system: You are a helpful assistant.
user:
Analyze the provided spectrum to determine if it is a **S-type Star**.

- **Key Indicators for S-type Star:**

    - **(Overall Spectrum Shape):** The first and most obvious characteristic is the overall continuum (the "baseline" shape). It is **extremely "red-sloping,"** meaning the flux (light intensity) is very low on the left side (blue, ~4000-4500 Å) and rises steeply and continuously toward the right side (red, ~7000 Å+).

    - **(Primary):** The spectrum is defined by the presence of strong, broad molecular absorption "valleys" (bands) from **Zirconium Oxide (ZrO)**. The identification of these bands is the **primary requirement** for classifying a star as S-type.
        - **(Key Bandheads):** You must find distinct, deep "dips" where the light has been absorbed. The most critical band systems to locate are:
            - **~6474 Å** ($\gamma$-system): This is often the strongest and clearest ZrO feature, found in the red part of the spectrum.
            - **~5718 Å** & **~5551 Å** ($\beta$-system): A pair of prominent absorption features in the yellow-orange part of the spectrum.
            - **~4640 Å** ($\alpha$-system): A key absorption band system in the blue-green region of the spectrum.

    - **(Secondary Confirmation):** The classification is strengthened by finding additional absorption bands from other related heavy element oxides, which are expected to be present alongside ZrO.
        - **(Key Bandheads):**
            - **Yttrium Oxide (YO):** Look for absorption dips near **~4800 Å** and **~6100 Å**.
            - **Lanthanum Oxide (LaO):** Additional absorption features, particularly in the red-orange part of the spectrum, are also characteristic.

    - **(Line Profile):** The combination of the steep red continuum and these numerous, deep molecular bands (ZrO, YO, etc.) gives the entire spectrum a very **"chopped-up"** or **"bumpy"** appearance. Instead of a smooth curve, the spectrum looks as though large, wide chunks of light have been "carved out" of it at the specific wavelengths listed above.

Think first, call **spectral_visualization_tool** if needed to examine features in detail, then provide your final answer. Your response must adhere to the following strict rules:
1.  **Overall Structure:** Your response must follow the format `<think>...</think> <tool_call>...</tool_call> (if a tool is used) <answer>...</answer>`.
2.  **Tool Usage Constraint:** You may only make **one** tool call per turn.
3.  **Final Answer Format:** In the `<answer>` tag, your conclusion must be inside a `\boxed{}` command (e.g., `\boxed{YES}` or `\boxed{NO}`), followed by your justification.

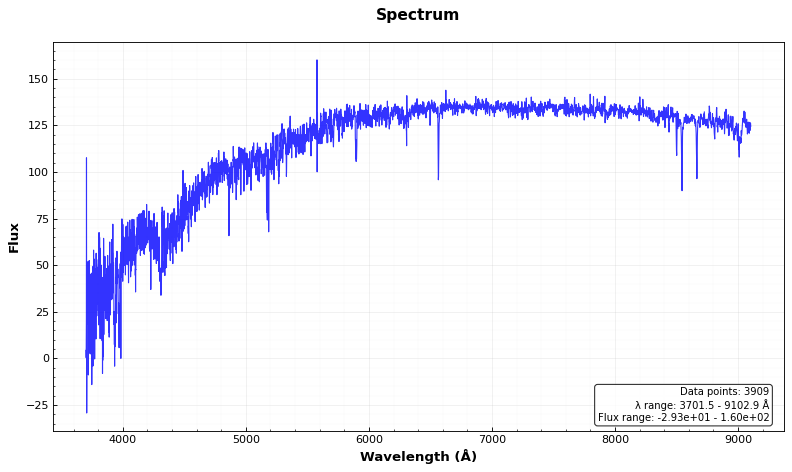
Answer: NO